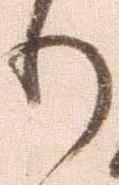
り